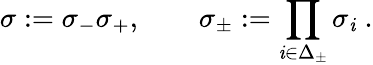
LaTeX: \sigma:=\sigma_{-}\sigma_{+},\quad\quad\sigma_{\pm}:=\prod_{\mathit{i}\in\Delta_{\pm}}\sigma_{\mathit{i}}\; .